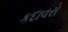
કદાવરો